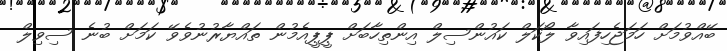
ބޭއްވުމަށް ހަމަޖެހިފައިވާ ލޯކަލް ކައުންސިލް އިންތިހާބަށް ޕީޕީއެމުން ތައްޔާރުނުވެވޭ ކަމަށް ބުނެ ސިވިލް